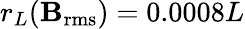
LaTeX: r_{L}(\mathbf{B}_{\mathrm{{rms}}})=0.0008L